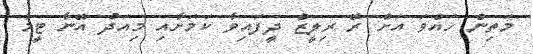
މަތިން ހައްވަ އަށް ރޭ ރިލީޒް ދީފައިވާ ކަމަށާއި މިއަދު އޭނާ ޓީމާ